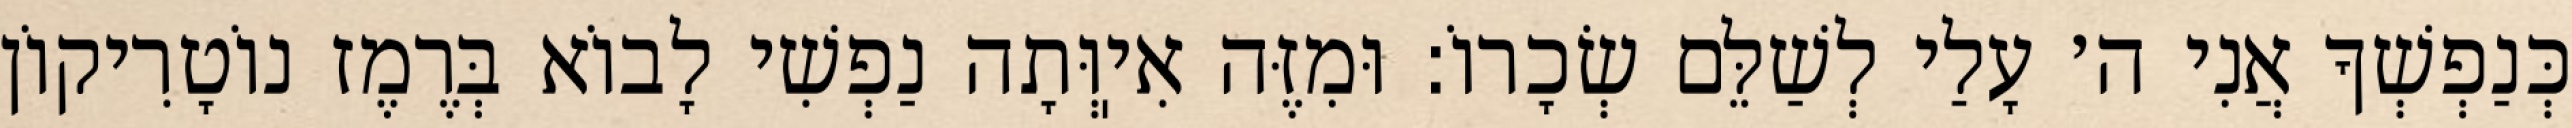
כְּנַפְשְׁךָ אֲנִי ה׳ עָלַי לְשַׁלֵּם שְׂכָרוֹ: וּמִזֶּה אִיֽוְּתָה נַפְשִׁי לָבוֹא בְּרֶמֶז נוֹטָרִיקוֹן